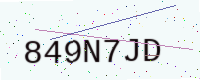
Text: 849N7JD